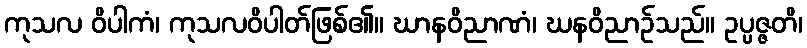
ကုသလ ဝိပါကံ၊ ကုသလဝိပါတ်ဖြစ်၏။ ဃာနဝိညာဏံ၊ ဃနဝိညာဉ်သည်။ ဥပ္ပဇ္ဇတိ၊